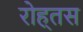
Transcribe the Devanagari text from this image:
रोह्तस